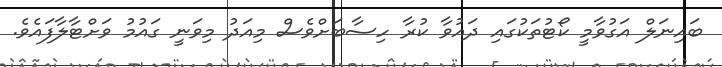
ބައިނަލް އަގުވާމީ ކޯޓުތަކުގައި ދައުވާ ކުރާ ހިސާބަށްވެސް މިއަދު މިވަނީ ގައުމު ވަށްޓާލާފައެވެ.